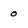
Character: 0